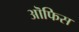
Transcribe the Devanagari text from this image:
ऒफिस